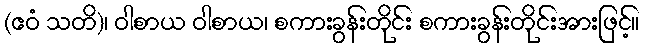
(ဧဝံ သတိ)၊ ဝါစာယ ဝါစာယ၊ စကားခွန်းတိုင်း စကားခွန်းတိုင်းအားဖြင့်။